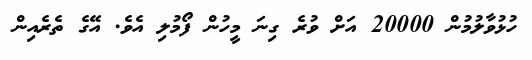
ހުޅުވާލުމުން 20000 އަށް ވުރެ ގިނަ މީހުން ފޯމުލި އެވެ. އޭގެ ތެރެއިން